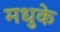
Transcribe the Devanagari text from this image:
मधुके